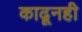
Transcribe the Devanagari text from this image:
काढूनही